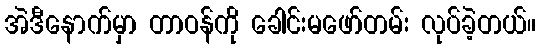
အဲဒီနောက်မှာ တာဝန်ကို ခေါင်းမဖော်တမ်း လုပ်ခဲ့တယ်။